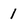
Character: 1